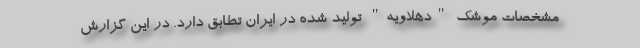
مشخصات موشک "دهلاویه" تولید شده در ایران تطابق دارد. در این گزارش